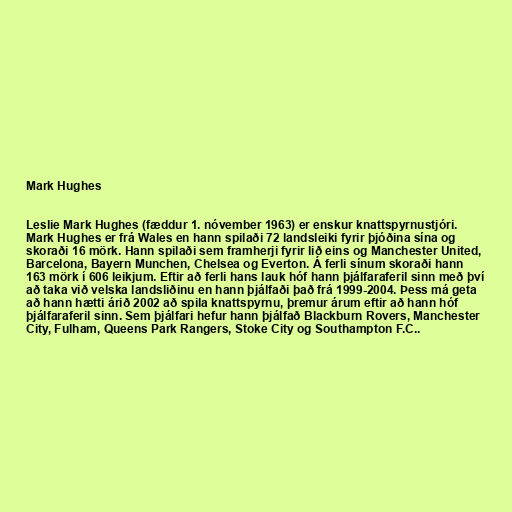
Mark Hughes

Leslie Mark Hughes (fæddur 1. nóvember 1963) er enskur knattspyrnustjóri.
Mark Hughes er frá Wales en hann spilaði 72 landsleiki fyrir þjóðina sína og
skoraði 16 mörk. Hann spilaði sem framherji fyrir lið eins og Manchester United,
Barcelona, Bayern Munchen, Chelsea og Everton. Á ferli sínum skoraði hann
163 mörk í 606 leikjum. Eftir að ferli hans lauk hóf hann þjálfaraferil sinn með því
að taka við velska landsliðinu en hann þjálfaði það frá 1999-2004. Þess má geta
að hann hætti árið 2002 að spila knattspyrnu, þremur árum eftir að hann hóf
þjálfaraferil sinn. Sem þjálfari hefur hann þjálfað Blackburn Rovers, Manchester
City, Fulham, Queens Park Rangers, Stoke City og Southampton F.C..